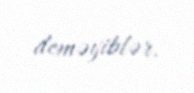
deməyiblər.